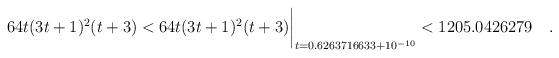
LaTeX: \begin{align*} 64t(3t+1)^2(t+3) < 64t(3t+1)^2(t+3)\biggr\rvert_{t=0.6263716633 + 10^{-10}} < 1205.0426279\quad . \end{align*}